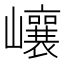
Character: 㠤